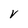
Character: V